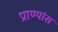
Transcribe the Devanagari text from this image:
प्राण्यांस